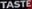
TASTE